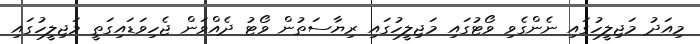
މިއަދު މަޖިލީހުގައި ނެންގެވި ވޯޓުގައި މަޖިލީހުގައި ރިޔާސަތުން ވޯޓު ދެއްވަން ޖެހިވަޑައިގަތީ މަޖިލީހުގައި